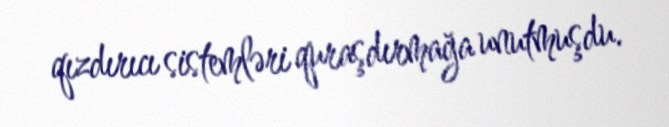
qızdırıcı sistemləri quraşdırmağa unutmuşdu.